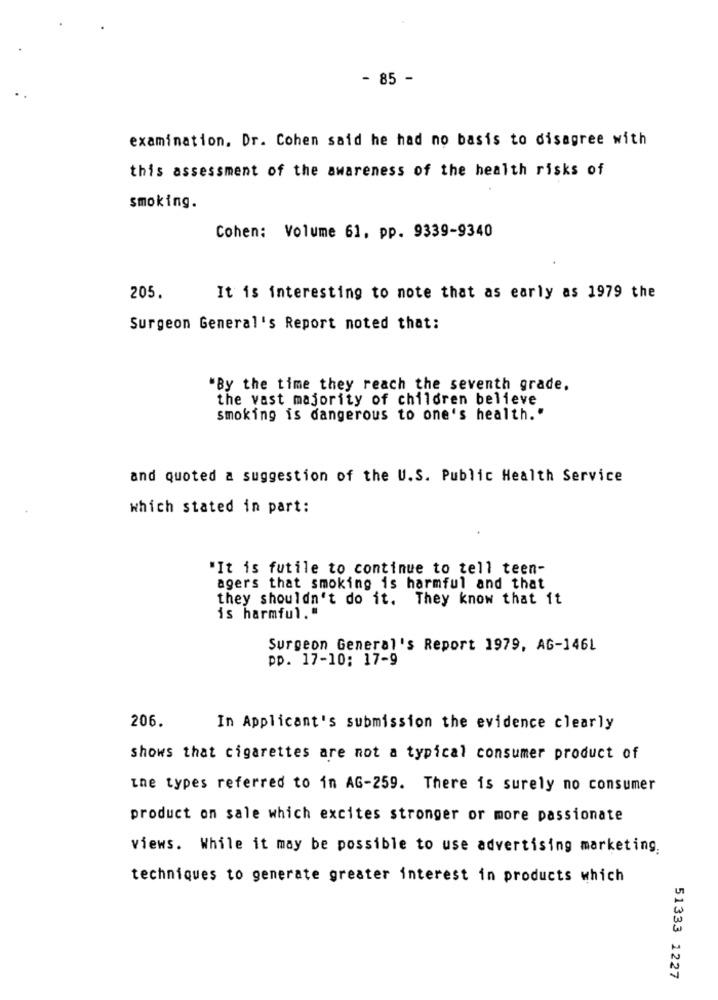
- 85 -
examination. Dr. Cohen said he had no basis to disagree with
this assessment of the awareness of the health risks of
smoking.
Cohen: Volume 61. pp. 9339-9340
205.
It is interesting to note that as early as 1979 the
Surgeon General's Report noted that:
"By the time they reach the seventh grade.
the vast majority of children believe
smoking is dangerous to one's health."
and quoted a suggestion of the U.S. Public Health Service
which stated in part:
"It is futile to continue to tell teen-
agers that smoking is harmful and that
they shouldn't do it. They know that it
is harmful."
Surgeon General's Report 1979, AG-146L
pp. 17-10: 17-9
206.
In Applicant's submission the evidence clearly
shows that cigarettes are not a typical consumer product of
the types referred to in AG-259. There is surely no consumer
product on sale which excites stronger or more passionate
views. While it may be possible to use advertising marketing.
techniques to generate greater interest in products which
51333 1227